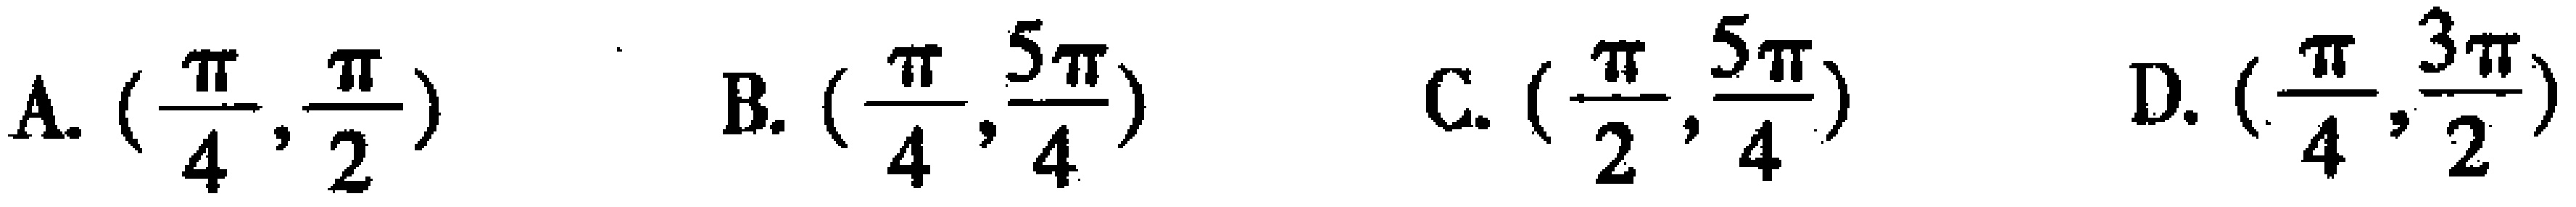
A. \((\frac{\pi}{4},\frac{\pi}{2})\)  B. \((\frac{\pi}{4},\frac{5\pi}{4})\)  C. \((\frac{\pi}{2},\frac{5\pi}{4})\)  D. \((\frac{\pi}{4},\frac{3\pi}{2})\)